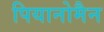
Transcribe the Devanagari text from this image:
पियानोमैन